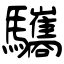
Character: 驨